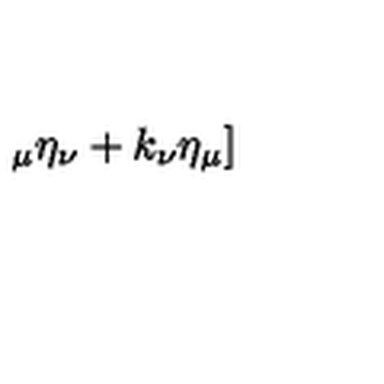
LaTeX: _ { \mu } \eta _ { \nu } + k _ { \nu } \eta _ { \mu } ]